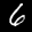
Label: 6